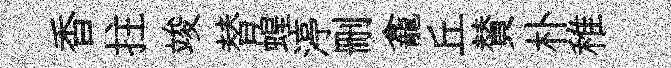
香拄竣替蝗渟删龕丘賛朴稚